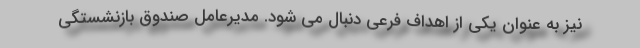
نیز به عنوان یکی از اهداف فرعی دنبال می شود. مدیرعامل صندوق بازنشستگی